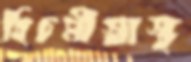
হিচমীস্বাস্থ